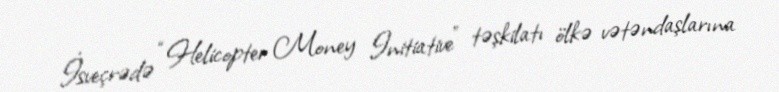
İsveçrədə “Helicopter Money Initiative” təşkilatı ölkə vətəndaşlarına